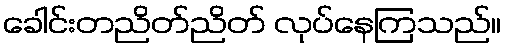
ခေါင်းတညိတ်ညိတ် လုပ်နေကြသည်။